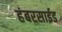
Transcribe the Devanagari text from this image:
हंबरसाईड